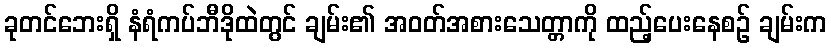
ခုတင်ဘေးရှိ နံရံကပ်ဘီဒိုထဲတွင် ချမ်း၏ အဝတ်အစားသေတ္တာကို ထည့်ပေးနေစဉ် ချမ်းက